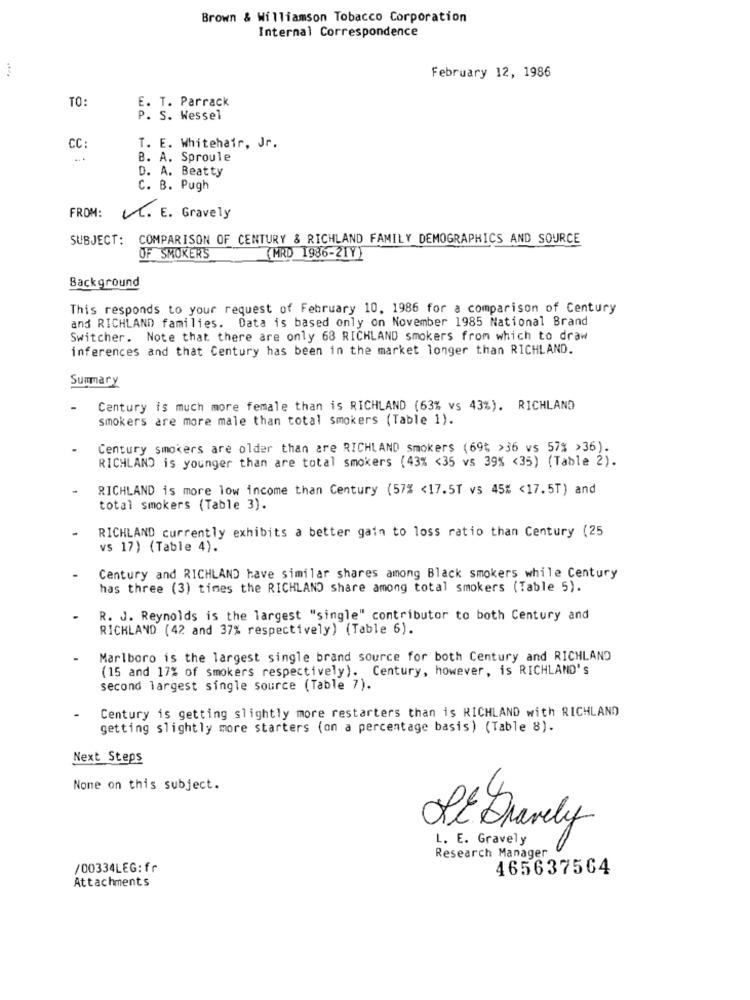
Brown & Williamson Tobacco Corporation
Internal Correspondence
February 12, 1986
TO:
E. T. Parrack
P. S. Wessel
CC:
T. E. Whitehair, Jr.
B. A. Sproule
D. A. Beatty
C. B. Pugh
FROM:
V. E. Gravely
SUBJECT: COMPARISON OF CENTURY & RICHLAND FAMILY DEMOGRAPHICS AND SOURCE
OF SMOKERS
(MRD 1986-21Y)
Background
This responds to your request of February 10, 1986 for a comparison of Century
and RICHLAND families. Data is based only on November 1985 National Brand
Switcher. Note that there are only 68 RICHLAND smokers from which to draw
inferences and that Century has been in the market longer than RICHLAND.
Summary
Century is much more female than is RICHLAND (63% vs 43%). RICHLAND
smokers are more male than total smokers (Table 1).
Century smokers are older than are RICHLAND Smokers (69% >36 vs 57% >36).
RICHLAND is younger than are total smokers (43% <35 vs 39% <35) (Table 2).
RICHLAND is more low income than Century (57% <17.5T vs 45% <17.5T) and
total smokers (Table 3).
RICHLAND currently exhibits a better gain to loss ratio than Century (25
vs 17) (Table 4).
Century and RICHLAND have similar shares among Black smokers while Century
has three (3) times the RICHLAND share among total smokers (Table 5).
R. J. Reynolds is the largest "single" contributor to both Century and
RICHLAND (42 and 37% respectively) (Table 6).
Marlboro is the largest single brand source for both Century and RICHLAND
(15 and 17% of smokers respectively). Century, however, is RICHLAND'S
second largest single source (Table 7).
Century is getting slightly more restarters than is RICHLAND with RICHLAND
getting slightly more starters (on a percentage basis) (Table 8).
Next Steps
Nome on this subject.
LEDrarely
L. E. Gravely
Research Manager
/00334LEG: fr
465637564
Attachments